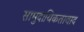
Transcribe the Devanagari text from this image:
सामुदायिकतावाद